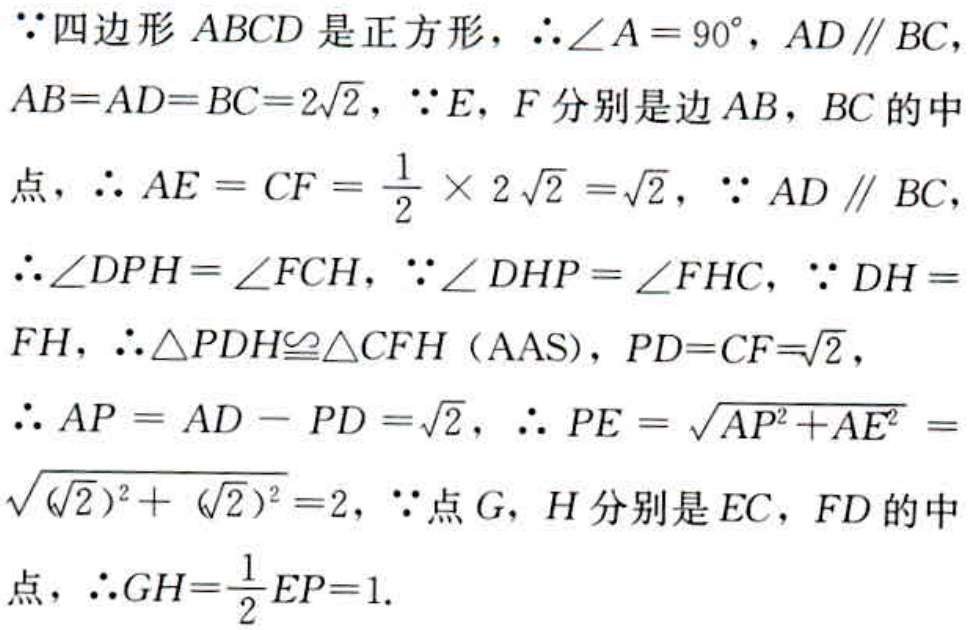
$\because$四边形$ABCD$是正方形，$\therefore \angle A = 90^{\circ}$，$AD \parallel BC$，$AB = AD = BC = 2\sqrt{2}$，$\because E$，$F$分别是边$AB$，$BC$的中点，$\therefore AE = CF=\frac{1}{2}\times2\sqrt{2}=\sqrt{2}$，$\because AD \parallel BC$，$\therefore \angle DPH = \angle FCH$，$\because \angle DHP = \angle FHC$，$\because DH = FH$，$\therefore \triangle PDH\cong\triangle CFH$（AAS），$PD = CF = \sqrt{2}$，$\therefore AP = AD - PD=\sqrt{2}$，$\therefore PE=\sqrt{AP^{2}+AE^{2}}=\sqrt{(\sqrt{2})^{2}+(\sqrt{2})^{2}} = 2$，$\because$点$G$，$H$分别是$EC$，$FD$的中点，$\therefore GH=\frac{1}{2}EP = 1$.